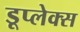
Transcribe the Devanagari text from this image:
डूप्लेक्स